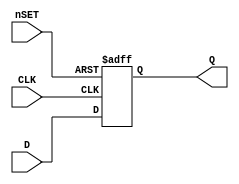
module GP_DFFS_1(input D, CLK, nSET, output reg Q);
	parameter [0:0] INIT = 1'bx;
	initial Q = INIT;
	always @(posedge CLK, negedge nSET) begin
		if (!nSET)
			Q <= 1'b1;
		else
			Q <= D;
	end
endmodule